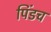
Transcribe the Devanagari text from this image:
पिंडच